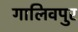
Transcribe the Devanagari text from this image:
गालिवपुर